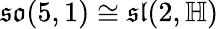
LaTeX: {\mathfrak{so}}(5,1)\cong{\mathfrak{sl}}(2,\mathbb{H})